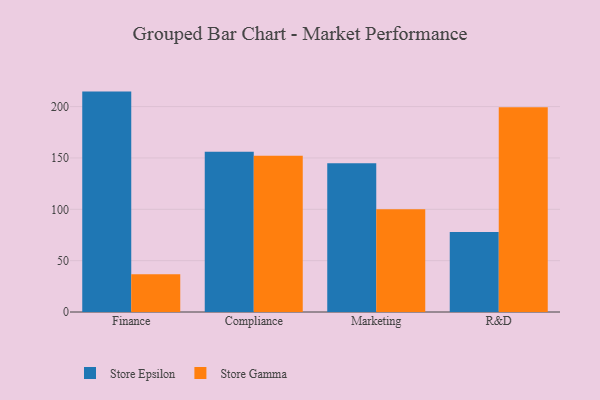
{"axis": {"x": "Department", "y": "Humidity (%)"}, "legend": ["Store Epsilon", "Store Gamma"], "data": [{"x": "Finance", "y": 214.6, "type": "Store Epsilon"}, {"x": "Finance", "y": 36.7, "type": "Store Gamma"}, {"x": "Compliance", "y": 156.1, "type": "Store Epsilon"}, {"x": "Compliance", "y": 152.2, "type": "Store Gamma"}, {"x": "Marketing", "y": 144.8, "type": "Store Epsilon"}, {"x": "Marketing", "y": 100.1, "type": "Store Gamma"}, {"x": "R&D", "y": 77.8, "type": "Store Epsilon"}, {"x": "R&D", "y": 199.4, "type": "Store Gamma"}]}